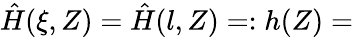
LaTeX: \hat{H}(\xi,Z)=\hat{H}(l,Z)=:h(Z)=